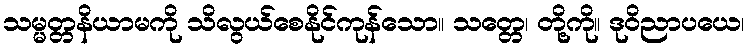
သမ္မတ္တနိယာမကို သိလွယ်စေနိုင်ကုန်သော။ သတ္တေ၊ တို့ကို။ ဒုဝိညာပယေ၊